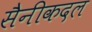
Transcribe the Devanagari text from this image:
सैनीकदल